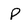
Character: p